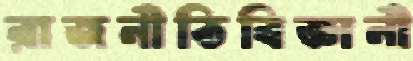
রাজনীতিবিজ্ঞানী